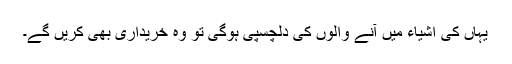
یہاں کی اشیاء میں آنے والوں کی دلچسپی ہوگی تو وہ خریداری بھی کریں گے۔